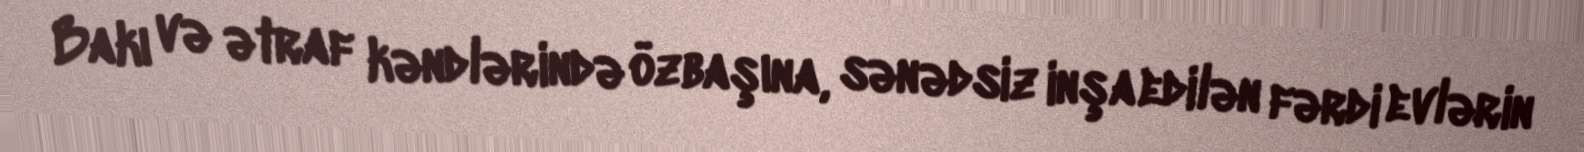
Bakı və ətraf kəndlərində özbaşına, sənədsiz inşa edilən fərdi evlərin